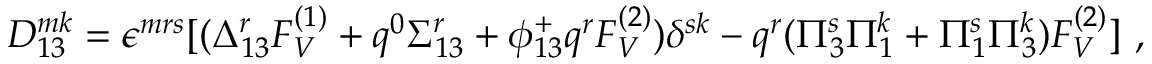
D _ { 1 3 } ^ { m k } = \epsilon ^ { m r s } [ ( \Delta _ { 1 3 } ^ { r } F _ { V } ^ { ( 1 ) } + q ^ { 0 } \Sigma _ { 1 3 } ^ { r } + \phi _ { 1 3 } ^ { + } q ^ { r } F _ { V } ^ { ( 2 ) } ) \delta ^ { s k } - q ^ { r } ( \Pi _ { 3 } ^ { s } \Pi _ { 1 } ^ { k } + \Pi _ { 1 } ^ { s } \Pi _ { 3 } ^ { k } ) F _ { V } ^ { ( 2 ) } ] ~ ,